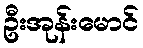
ဦးအုန်းမောင်